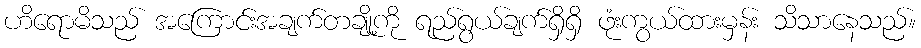
ဟိရောမိသည် အကြောင်းအချက်တချို့ကို ရည်ရွယ်ချက်ရှိရှိ ဖုံးကွယ်ထားမှန်း သိသာနေသည်။